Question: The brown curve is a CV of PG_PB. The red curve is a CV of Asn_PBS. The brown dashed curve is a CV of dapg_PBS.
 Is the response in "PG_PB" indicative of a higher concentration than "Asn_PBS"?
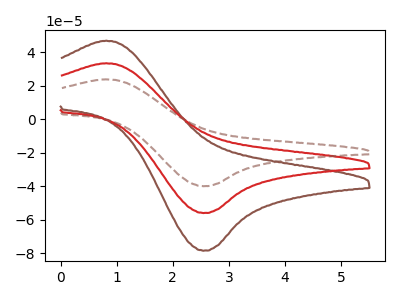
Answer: <think>The brown curve "PG_PB" has an anodic peak at (0.80V, 46.90uA) and a cathodic peak at (2.55V, -78.40uA). The red curve "Asn_PBS" has an anodic peak at (0.80V, 33.45uA) and a cathodic peak at (2.55V, -55.90uA). The brown dashed curve "dapg_PBS" has an anodic peak at (0.80V, 66.95uA) and a cathodic peak at (2.55V, -111.80uA).
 All the peaks in "PG_PB" have a peak in "Asn_PBS" at the same potential. Every peak in "PG_PB" is higher than every peak in "Asn_PBS".</think>
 <answer>"PG_PB" has more signal than "Asn_PBS".</answer>
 <eval>more_signal</eval>